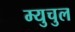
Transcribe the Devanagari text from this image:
म्युचुल